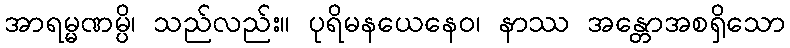
အာရမ္မဏမ္ပိ၊ သည်လည်း။ ပုရိမနယေနေဝ၊ နာဿ အန္တောအစရှိသော